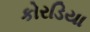
કોરડિયા